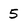
Character: 5